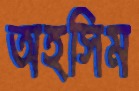
অহসিম